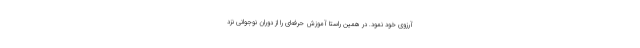
آرزوی خود نمود. در همین راستا آموزش حرفه‌ای را از دوران نوجوانی نزد